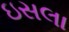
ઇસલા